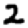
Digit: 2